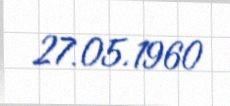
27.05.1960